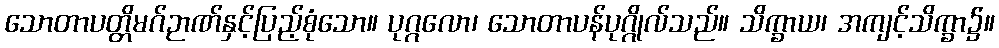
သောတာပတ္တိမဂ်ဉာဏ်နှင့်ပြည့်စုံသော။ ပုဂ္ဂလော၊ သောတာပန်ပုဂ္ဂိုလ်သည်။ သိက္ခာယ၊ အကျင့်သိက္ခာ၌။